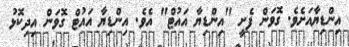
އިންޑިޔާއަށެވެ. ގޮވަން ފެށީ "އިންޑިޔާ އައުޓް" އެވެ. އިންޑިޔާ އައުޓް ގޮވަން އިދިކޮޅު